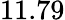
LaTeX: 11.79